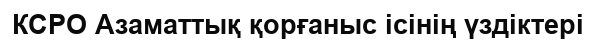
КСРО Азаматтық қорғаныс ісінің үздіктері